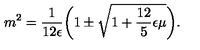
m ^ { 2 } = \frac { 1 } { 1 2 \epsilon } \biggl ( 1 \pm \sqrt { 1 + \frac { 1 2 } { 5 } \epsilon \mu } \biggr ) .